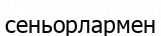
сеньорлармен